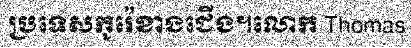
ប្រទេសកូរ៉េខាងជើង។លោក Thomas